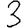
Digit: 3